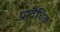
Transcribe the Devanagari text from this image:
प्रावैधिक